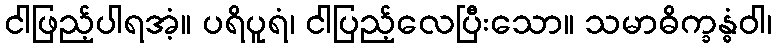
ငါဖြည့်ပါရအံ့။ ပရိပူရံ၊ ငါပြည့်လေပြီးသော။ သမာဓိက္ခန္ဓံဝါ၊